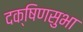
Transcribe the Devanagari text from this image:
दक्षिणसुभा